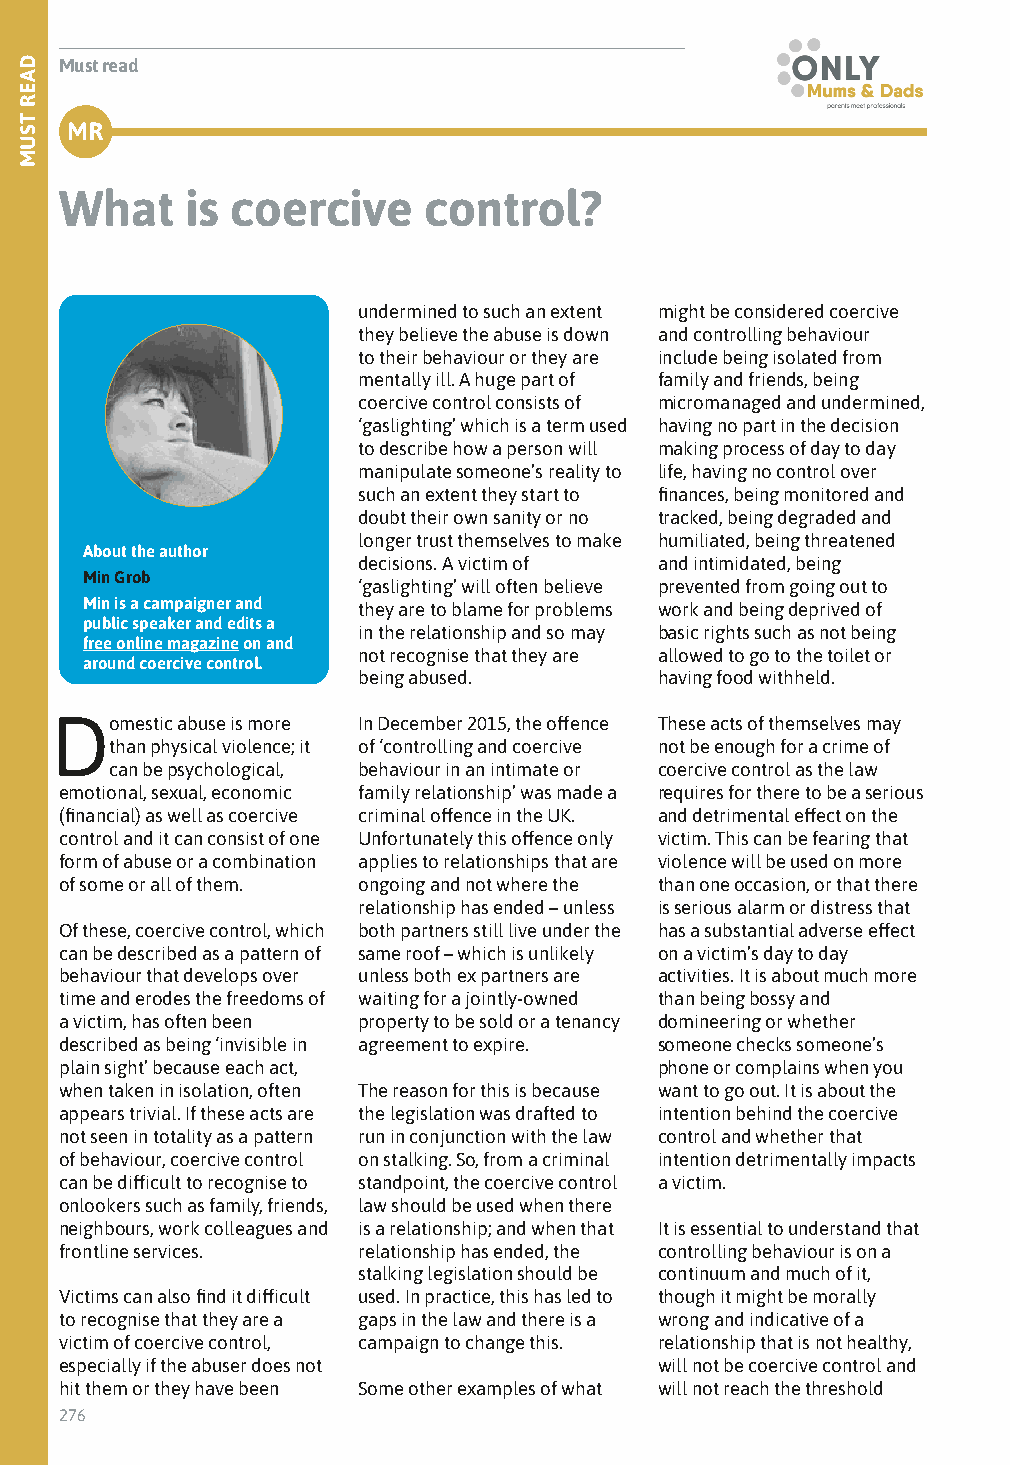
Must read
 MR
 What    is coercive     control?
 undermined to such an extent might be considered coercive
 they believe the abuse is down and controlling behaviour
 to their behaviour or they are include being isolated from
 mentally ill. A huge part of family and friends, being
 coercive control consists of micromanaged and undermined,
 ‘gaslighting’ which is a term used having no part in the decision
 to describe how a person will making process of day to day
 manipulate someone’s reality to life, having no control over
 such an extent they start to finances, being monitored and
 doubt their own sanity or no tracked, being degraded and
 longer trust themselves to make humiliated, being threatened
 About the author
 decisions. A victim of and intimidated, being
 Min Grob
 ‘gaslighting’ will often believe prevented from going out to
 Min is a campaigner and they are to blame for problems work and being deprived of
 public speaker and edits a
 in the relationship and so may basic rights such as not being
 free online magazine on and
 not recognise that they are allowed to go to the toilet or
 around coercive control.
 being abused.       having food withheld.
 Domestic abuse is more In December 2015, the offence These acts of themselves may
 than physical violence; it of ‘controlling and coercive not be enough for a crime of
 can be psychological, behaviour in an intimate or coercive control as the law
 emotional, sexual, economic family relationship’ was made a requires for there to be a serious
 (financial) as well as coercive criminal offence in the UK. and detrimental effect on the
 control and it can consist of one Unfortunately this offence only victim. This can be fearing that
 form of abuse or a combination applies to relationships that are violence will be used on more
 of some or all of them. ongoing and not where the than one occasion, or that there
 relationship has ended – unless is serious alarm or distress that
 Of these, coercive control, which both partners still live under the has a substantial adverse effect
 can be described as a pattern of same roof – which is unlikely on a victim’s day to day
 behaviour that develops over unless both ex partners are activities. It is about much more
 time and erodes the freedoms of waiting for a jointly-owned than being bossy and
 a victim, has often been property to be sold or a tenancy domineering or whether
 described as being ‘invisible in agreement to expire. someone checks someone’s
 plain sight’ because each act,          phone or complains when you
 when taken in isolation, often The reason for this is because want to go out. It is about the
 appears trivial. If these acts are the legislation was drafted to intention behind the coercive
 not seen in totality as a pattern run in conjunction with the law control and whether that
 of behaviour, coercive control on stalking. So, from a criminal intention detrimentally impacts
 can be difficult to recognise to standpoint, the coercive control a victim.
 onlookers such as family, friends, law should be used when there
 neighbours, work colleagues and is a relationship; and when that It is essential to understand that
 frontline services. relationship has ended, the controlling behaviour is on a
 stalking legislation should be continuum and much of it,
 Victims can also find it difficult used. In practice, this has led to though it might be morally
 to recognise that they are a gaps in the law and there is a wrong and indicative of a
 victim of coercive control, campaign to change this. relationship that is not healthy,
 especially if the abuser does not       will not be coercive control and
 hit them or they have been Some other examples of what will not reach the threshold
 276
 DAER
 TSUM